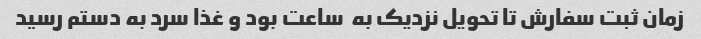
زمان ثبت سفارش تا تحویل نزدیک به  ساعت بود و غذا سرد به دستم رسید